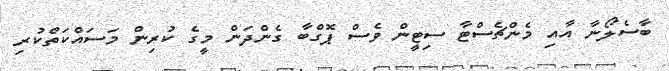
ބާސެލޯނާ އާއި މެންޗެސްޓާ ސިޓީން ވެސް ޕޮގްބާ ގެންދަން މީގެ ކުރިން މަސައްކަތްކުރި